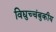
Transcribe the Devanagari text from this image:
विद्युच्चंबुकीय